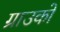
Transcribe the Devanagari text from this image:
ग्राउको